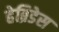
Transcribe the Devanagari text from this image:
हेब्रिडेस